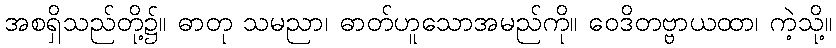
အစရှိသည်တို့၌။ ဓာတု သမညာ၊ ဓာတ်ဟူသောအမည်ကို။ ဝေဒိတဗ္ဗာယထာ၊ ကဲ့သို့။